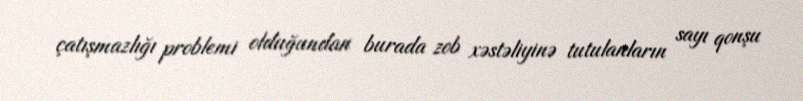
çatışmazlığı problemi olduğundan burada zob xəstəliyinə tutulanların sayı qonşu